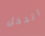
اتدخل